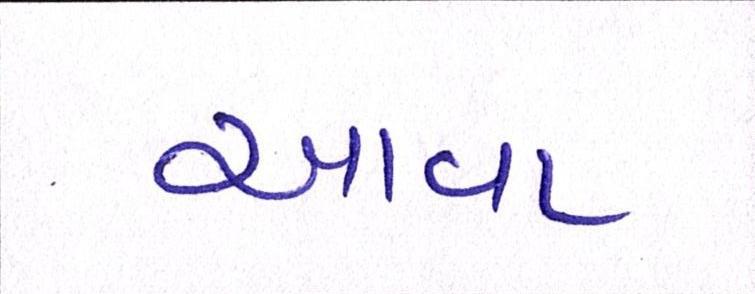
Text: આવા